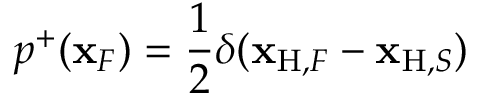
p ^ { + } ( { \bf x } _ { F } ) = \frac { 1 } { 2 } \delta ( { \bf x } _ { \mathrm { H } , F } - { \bf x } _ { \mathrm { H } , S } )